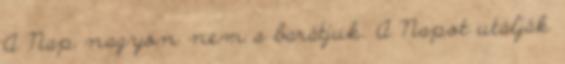
A Nap nagyon nem a barátjuk. A Napot utálják